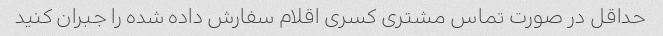
حداقل در صورت تماس مشتری کسری اقلام سفارش داده شده را جبران کنید